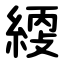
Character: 䌄